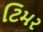
ટિમર